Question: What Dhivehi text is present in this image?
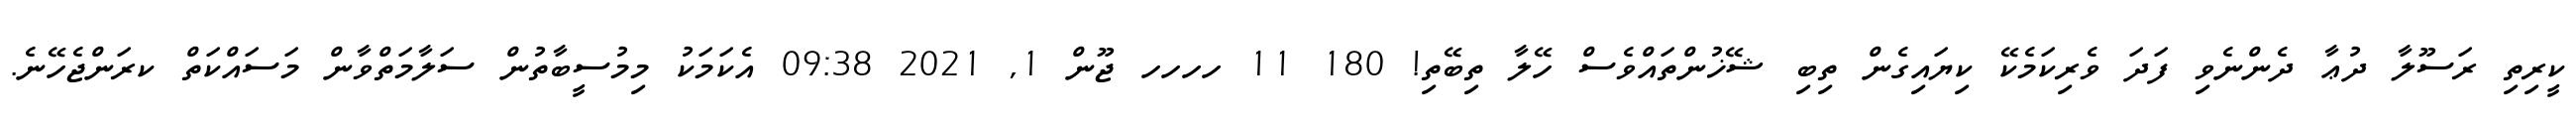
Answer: ކީރިތި ރަސޫލާ ދުޢާ ދެންނެވި ފަދަ ވެރިކަމެކޭ ކިޔައިގެން ތިބި ޝޭޚުންތައްވެސް ހޭލާ ތިބޭތި! 180 11 ހހހހ ޖޫން 1, 2021 09:38 އެކަމަކު މިމުސީބާތުން ސަލާމަތްވާން މަސައްކަތް ކރަންޖެހޭނެ.